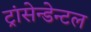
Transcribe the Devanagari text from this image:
ट्रांसेन्डेन्टल